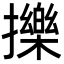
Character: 擽